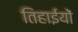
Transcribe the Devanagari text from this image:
तिहाईयों